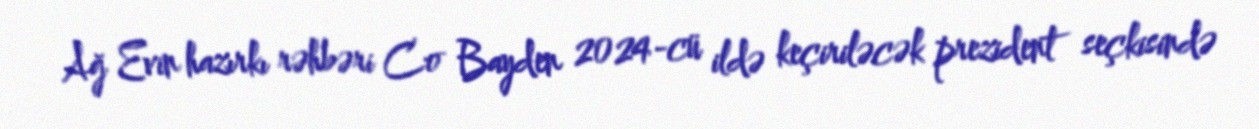
Ağ Evin hazırkı rəhbəri Co Bayden 2024-cü ildə keçiriləcək prezident seçkisində